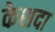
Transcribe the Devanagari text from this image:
केशदा